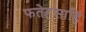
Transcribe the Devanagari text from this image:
फतेहसाहि